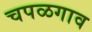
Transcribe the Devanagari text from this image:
चपळगाव